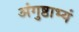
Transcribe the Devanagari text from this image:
अंगुष्ठाभ्यं